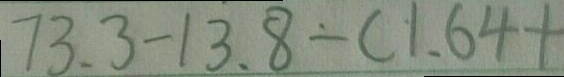
7 3 . 3 - 1 3 . 8 - ( 1 . 6 4 +